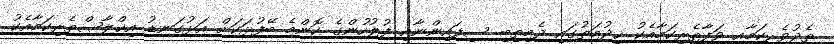
ތެދުވެރިކަމާއި ވަފާތެރިކަމާއެކު ޚިދުމަތުގައި ދެމިތިބި ސިފައިންނާއި ފުލުހުންގެ ކޮންމެ ބޭފުޅަކަށް އަޅުގަނޑު އިޚްލާޞްތެރިކަމާއެކު